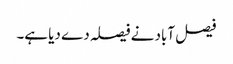
فیصل آباد نے فیصلہ دے دیا ہے۔